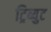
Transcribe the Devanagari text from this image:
ट्रिब्युट